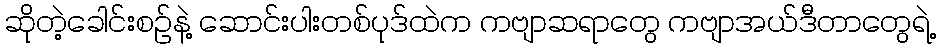
ဆိုတဲ့ခေါင်းစဉ်နဲ့ ဆောင်းပါးတစ်ပုဒ်ထဲက ကဗျာဆရာတွေ ကဗျာအယ်ဒီတာတွေရဲ့